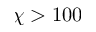
\chi > 1 0 0